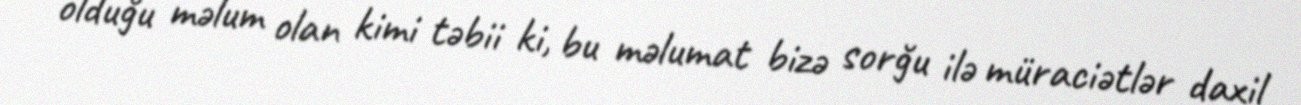
olduğu məlum olan kimi təbii ki, bu məlumat bizə sorğu ilə müraciətlər daxil